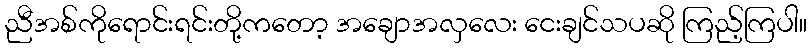
ညီအစ်ကိုရောင်းရင်းတို့ကတော့ အချောအလှလေး ငေးချင်သပဆို ကြည့်ကြပါ။